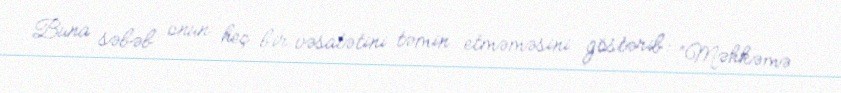
Buna səbəb onun heç bir vəsatətini təmin etməməsini göstərib: “Məhkəmə